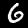
Label: 6